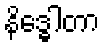
နိဒ္ဓေါတာ